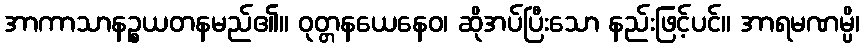
အာကာသာနဉ္စယတနမည်၏။ ဝုတ္တနယေနေဝ၊ ဆိုအပ်ပြီးသော နည်းဖြင့်ပင်။ အာရမဏမ္ပိ၊